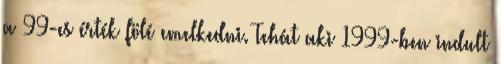
a 99-es érték fölé emelkedni. Tehát aki 1999-ben indult